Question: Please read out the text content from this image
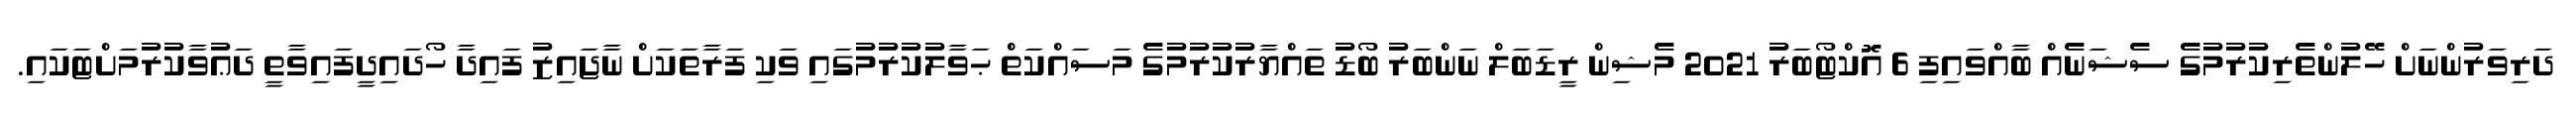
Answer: ދަރިވަރުންނަށް ހޭލުންތެރިކުރުމުގެ ސެޝަނެއް ބާއްވައިފި 6 އޮކްޓޯބަރު 2021 މެޝިން ރީޑަބަލް ނަންބަރު ބޯޑު ތައްޔާރުކުރުމުގެ މަސައްކަތް ޙަވާލުކުރުމުގައި ވަކި ފަރާތަކަށް ނާޖައިޒު ފައިދާ ހޯދައިދީފައިވާތީ ދަޢުވާކުރުމަށްޓަކައި.